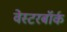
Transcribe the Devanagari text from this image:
वेस्टरबॉर्क